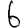
Digit: 6